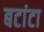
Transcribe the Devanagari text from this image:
बटांटा